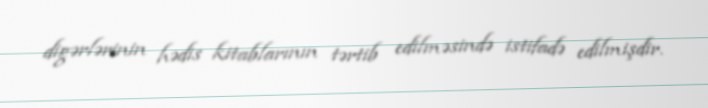
digərlərinin hədis kitablarının tərtib edilməsində istifadə edilmişdir.